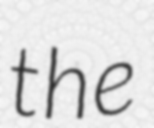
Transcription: the